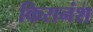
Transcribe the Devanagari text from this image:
किरानंश